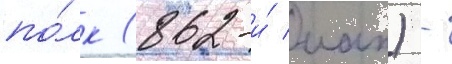
по́лк (862-и́ иап) -